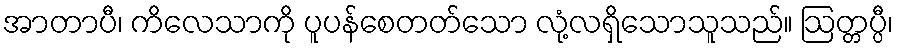
အာတာပီ၊ ကိလေသာကို ပူပန်စေတတ်သော လုံ့လရှိသောသူသည်။ ဩတ္တပ္ပီ၊